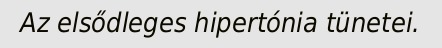
Az elsődleges hipertónia tünetei.